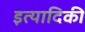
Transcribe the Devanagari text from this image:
इत्‍यादिकी